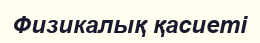
Физикалық қасиеті